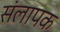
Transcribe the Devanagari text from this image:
संलापक